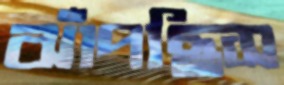
ঝাঁপছিস